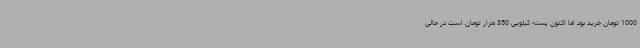
1000 تومان خرید بود اما اکنون پسته کیلویی 350 هزار تومان است در حالی